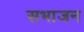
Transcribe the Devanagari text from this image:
सभाजन